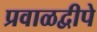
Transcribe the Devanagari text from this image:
प्रवाळद्वीपे